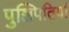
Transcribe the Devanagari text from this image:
पुञ्जिपतियों